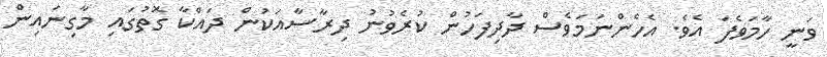
ވަނީ ހާމަވެފަ އެވެ. އެހެންނަމަވެސް ދާދިފަހުން ކުރެވުނު ދިރާސާއަކުން ދައްކާ ގޮތުގައި މާގިނައިން